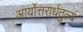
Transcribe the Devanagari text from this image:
आर्योत्तरार्धतुल्यं